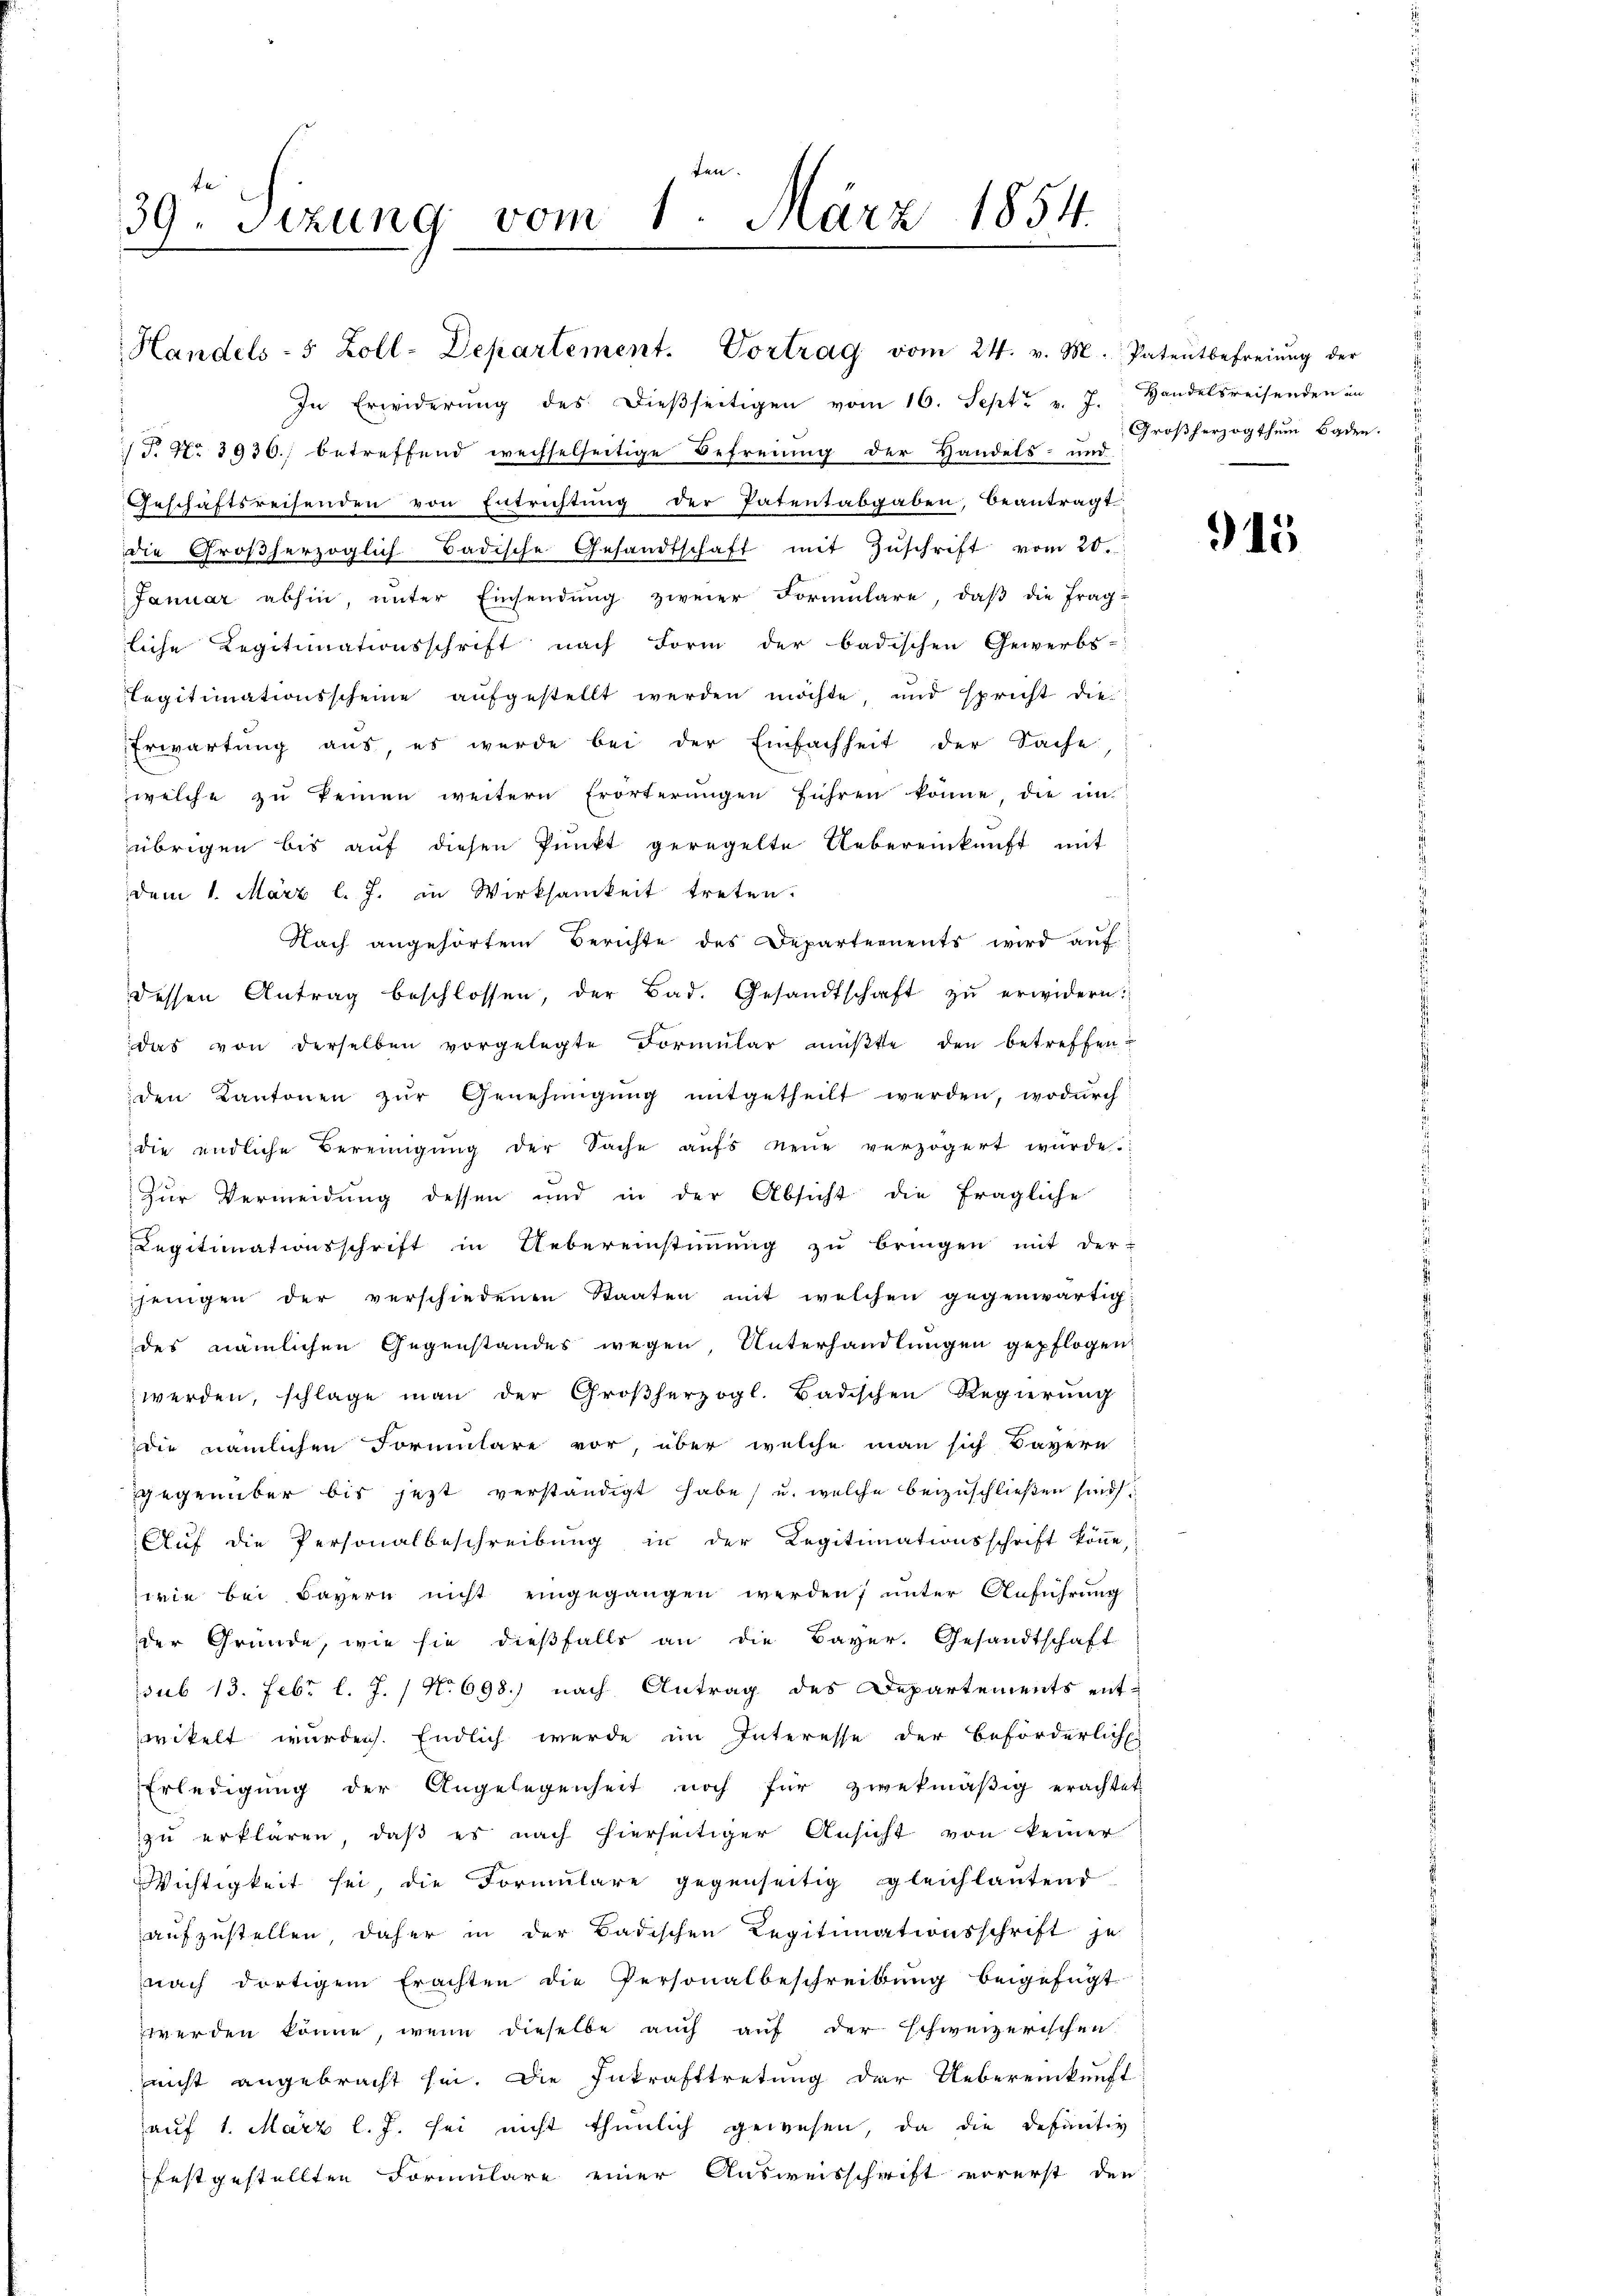
39. Sizung vom 1. März 1854.

T. No 3930.) betreffend wechselseitige Befreiung der Handels- und
Geschäftsreisenden von Entrichtŭng der Patentabgaben, beantragt
die Großherzoglich Badische Gesandtschaft mit Zŭschrift vom 20.
Januar abhin, ŭnter Einsendŭng zweier Formŭlare, daβ die Frag-
liche Legitimationsschrift nach Form der badischen Gewerbs-
Legitimationsscheine aufgestellt werden möchte, und spricht die
Erwartung aus, es wurde bei der Einfachheit der Sache,
welche zŭ keinen weitern Erörterŭngen führen könne, die in
übrigen bis aŭf diesen Pŭnkt geregelte Uebereinkunft mit
dem 1. März l. J. in Wirksamkeit treten.
Nach angehörtem Berichte des Departements wird aŭf
dessen Antrag beschlossen, der Bad. Gesandtschaft zŭ erwidern.
das von derselben vorgelegte Formŭlar müßte den betreffen-
den Kantonen zŭr Genehmigŭng mitgetheilt werden, wodŭrch
die endliche Bereinigŭng der Sache aufs neue verzögert würde.
2
Zur Vermeidung dessen und in der Absicht die fragliche
Legitimationsschrift in Uebereinstiṁŭng zŭ bringen mit der
jenigen der verschiedenen Staaten mit welchen gegenwärtigdes nämlichen Gegenstandes wegen, Unterhandlungen gepflogen,
werden, schlage man der Großherzogl. Badischen Regierung
die nämlichen Formulare vor, über welche man sich Bayern
gegenüber bis jezt verständigt habe, u. welche beizuschließen sind.
Auf die Personalbeschreibung in der Regitimationsschrift könne,
wie bei Bayern nicht eingegangen werden; unter Anführung
der Gründe, wie sie dießfalls an die Bayer. Gesandtschaft
ssub 13. Febr. l. J. / No 698.) nach Antrag des Departements entzwikelt wurden. Endlich wurde im Interesse der Beförderlich.
Erledigung der Angelegenheit noch für zwekmäßig erachtet
zu erklären, daß es nach hierseitiger Ansicht von keiner
Wichtigkeit sei, die Formulare gegenseitig gleichlautend
aufzustellen, daher in der Badischen Regitimationsschrift je
nach dortigem Erachten die Personalbeschreibung beigefügt
werden könne, wenn dieselbe auch auf der schweizerischen
nicht angebracht sei. Die Inkrafttretung der Uebereinkunft
aŭf 1. März l. J. sei nicht thunlich gewesen, da die Definitiv
festgestellten Formulare einer Ausweisschrift vorerst den

Handels- 5 Zoll-Departement. Vortrag vom 24. v. M. Patentbefreiung der

In Erwiderŭng des dieβseitigen vom 16. Sept. v. 7. Handelsreisenden an

Großherzogthum Baden.

915